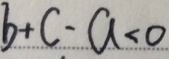
b + c - a < 0